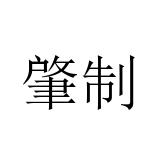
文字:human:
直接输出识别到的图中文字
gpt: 肇制